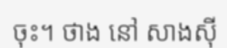
ចុះ។ ថាង នៅ សាងស៊ី